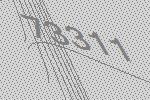
73311